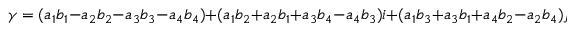
\gamma = ( a _ { 1 } b _ { 1 } - a _ { 2 } b _ { 2 } - a _ { 3 } b _ { 3 } - a _ { 4 } b _ { 4 } ) + ( a _ { 1 } b _ { 2 } + a _ { 2 } b _ { 1 } + a _ { 3 } b _ { 4 } - a _ { 4 } b _ { 3 } ) i + ( a _ { 1 } b _ { 3 } + a _ { 3 } b _ { 1 } + a _ { 4 } b _ { 2 } - a _ { 2 } b _ { 4 } ) j + ( a _ { 1 } b _ { 4 } + a _ { 4 } b _ { 1 } + a _ { 2 } b _ { 3 } - a _ { 3 } b _ { 2 } ) k .